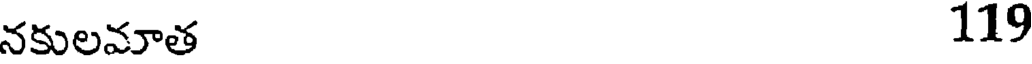
నకులమాత 119